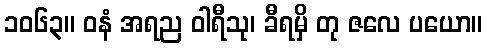
၁၀၆၃။ ဝနံ အရည ဝါရီသု၊ ခီရမှိ တု ဇလေ ပယော။